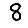
Digit: 8